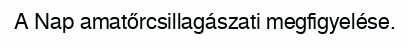
A Nap amatőrcsillagászati megfigyelése.